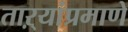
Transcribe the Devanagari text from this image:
ताऱ्यांप्रमाणे